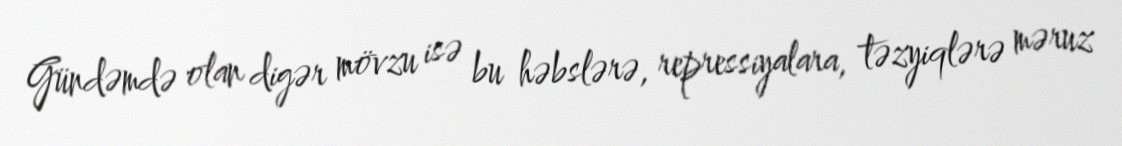
Gündəmdə olan digər mövzu isə bu həbslərə, repressiyalara, təzyiqlərə məruz